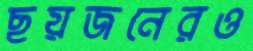
ছয়জনেরও